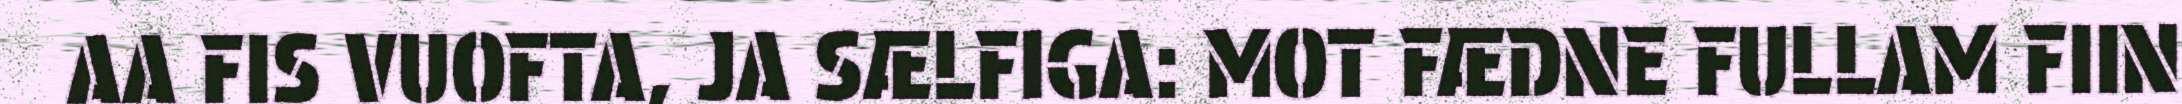
AA FIS VUOFTA, JA SÆLFIGA: MOT FÆDNE FULLAM FIIN